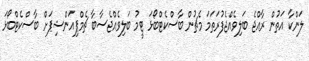
ލަންކާ އަތުން ރާއްޖެ ބަލިވެއްޖެފުރަތަމަ މެޗުން ބާސްކެޓްބޯޅަ ޓީމު ބަލިވެއްޖެސާބާ ޗެމްޕިއަންޝިޕަށް ބާސްކެޓްބޯޅަ